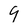
Character: 9